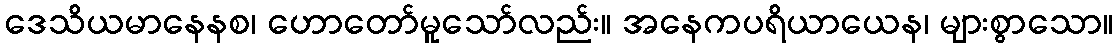
ဒေသိယမာနေနစ၊ ဟောတော်မူသော်လည်း။ အနေကပရိယာယေန၊ များစွာသော။